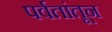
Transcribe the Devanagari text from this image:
पर्वतांतून